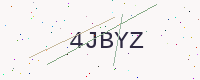
Text: 4JBYZ